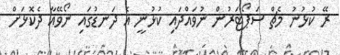
ރޭ ކުޅުނު މެޗް ސަޕޯޓަރުން ނުވައްދައި ކުޅުނީ އެ ދަނޑުގައި ނޯވޭއާ ދެކޮޅަށް